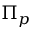
\Pi _ { p }